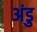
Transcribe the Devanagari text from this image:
अंडु